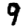
Digit: 9